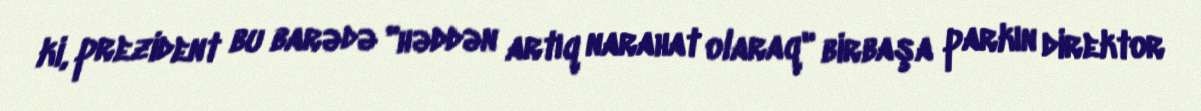
ki, prezident bu barədə "həddən artıq narahat olaraq" birbaşa parkın direktor